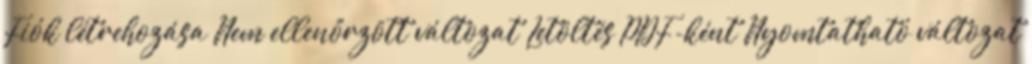
Fiók létrehozása Nem ellenőrzött változat Letöltés PDF-ként Nyomtatható változat